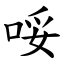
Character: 哸